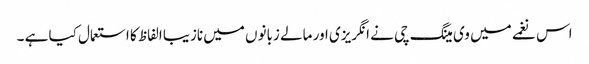
اس نغمے میں وی مینگ چی نے انگریزی اور مالے زبانوں میں نازیبا الفاظ کا استعمال کیا ہے ۔